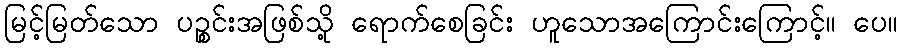
မြင့်မြတ်သော ပဉ္စင်းအဖြစ်သို့ ရောက်စေခြင်း ဟူသောအကြောင်းကြောင့်။ ပေ။